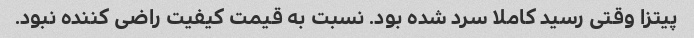
پیتزا وقتی رسید کاملا سرد شده بود. نسبت به قیمت کیفیت راضی کننده نبود.